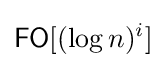
{\mathsf {FO}}[(\log n)^{i}]